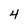
Character: 4